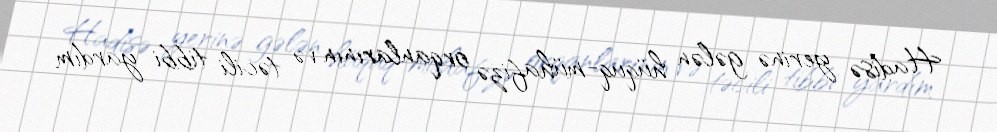
Hadisə yerinə gələn hüquq-mühafizə orqanlarının və təcili tibbi yardım